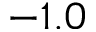
- 1 . 0